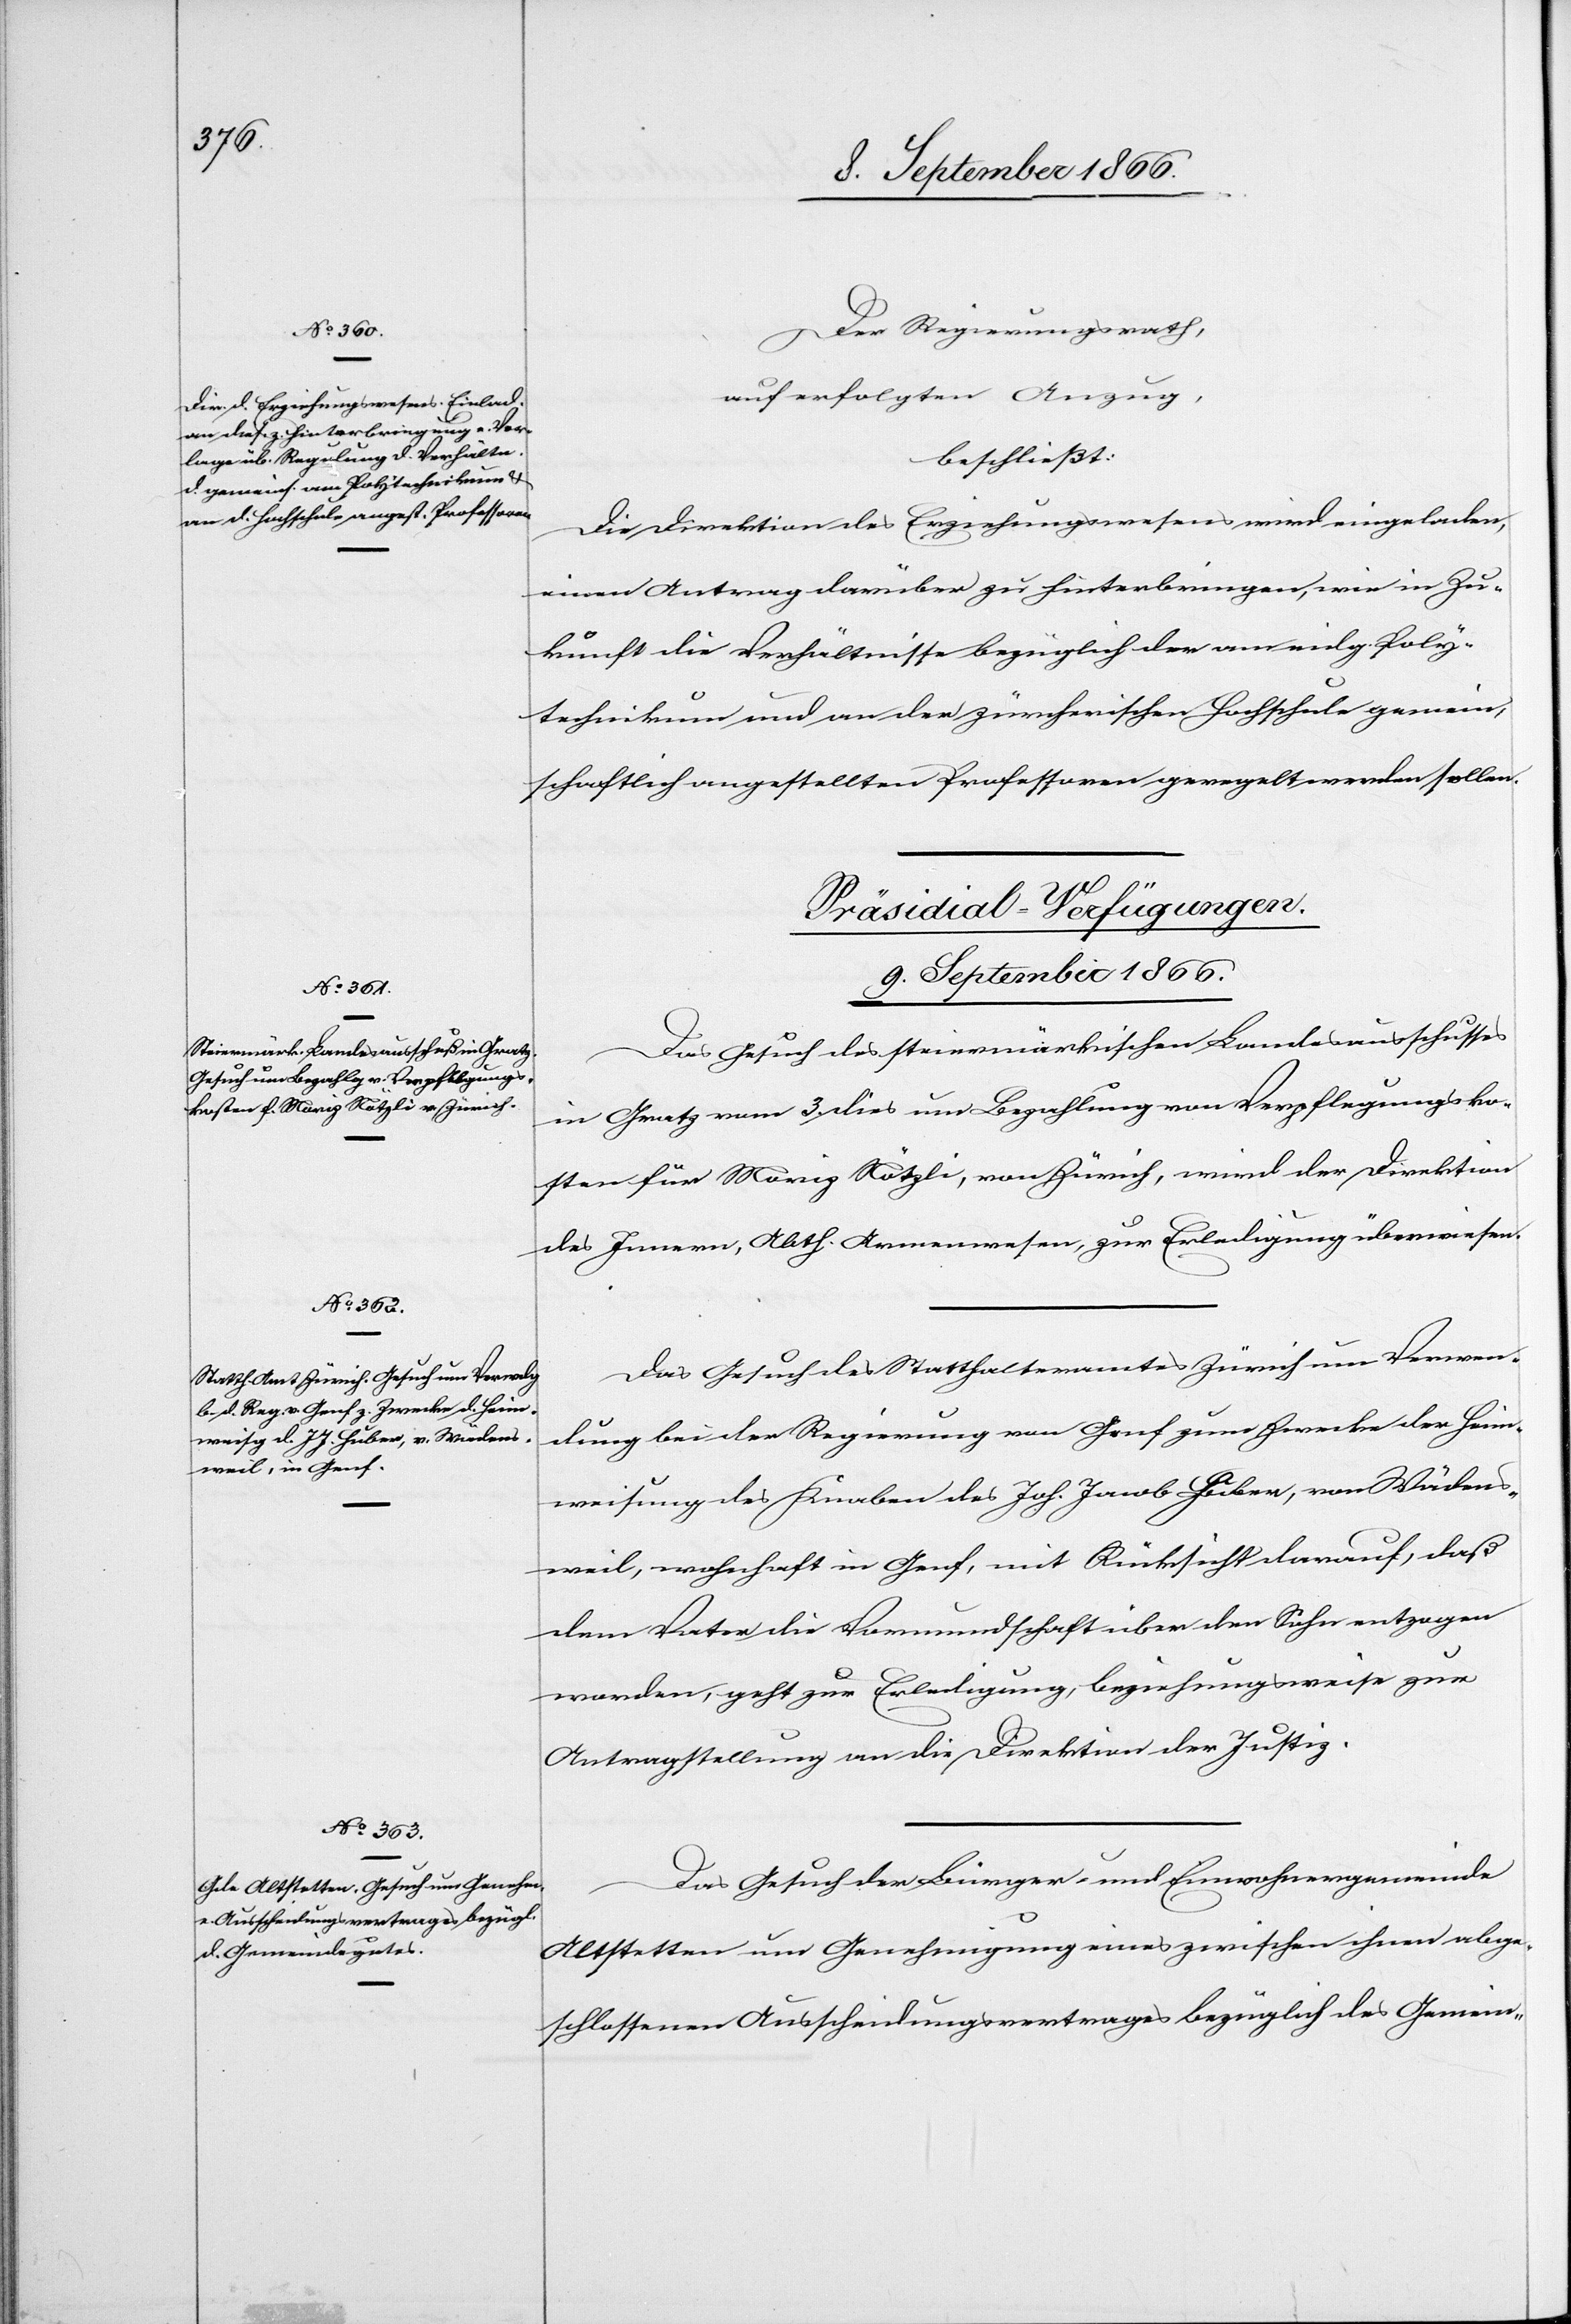
9. September 1866.]
Der Regierungsrath,
auf erfolgten Anzug,
beschließt:
Die Direktion des Erziehungswesens wird eingeladen,
einen Antrag darüber zu hinterbringen, wie in Zu¬
kunft die Verhältnisse bezüglich der am eidg. Poly¬
technikum und an der zürcherischen Hochschule gemein¬
[Präsidial-Verfügungen.
sam
Das Gesuch des steiermärkischen Landesausschusses
in Gratz vom 3. dies um Bezahlung von Verpflegungsko¬
sten für Moriz Nötzli, von Zürich, wird der Direktion
des Innern, Abth. Armenwesen, zur Erledigung überwiesen.
Das Gesuch des Statthalteramtes Zürich um Verwen¬
dung bei der Regierung von Genf zum Zwecke der Heim¬
weisung des Knaben des Joh. Jacob Huber, von Wädens¬
weil, wohnhaft in Genf, mit Rücksicht darauf, daß
dem Vater die Vormundschaft über den Sohn entzogen
worden, geht zur Erledigung, beziehungsweise zur
Antragstellung an die Direktion der Justiz.
Das Gesuch der Bürger- und Einwohnergemeinde
Altstetten um Genehmigung eines zwischen ihnen abge¬
schlossenen Ausscheidungsvertrages bezüglich des Gemein-